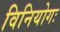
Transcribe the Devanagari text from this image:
विनियोगः